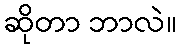
ဆိုတာ ဘာလဲ။